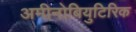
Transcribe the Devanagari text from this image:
अमीनोबियुटिरिक